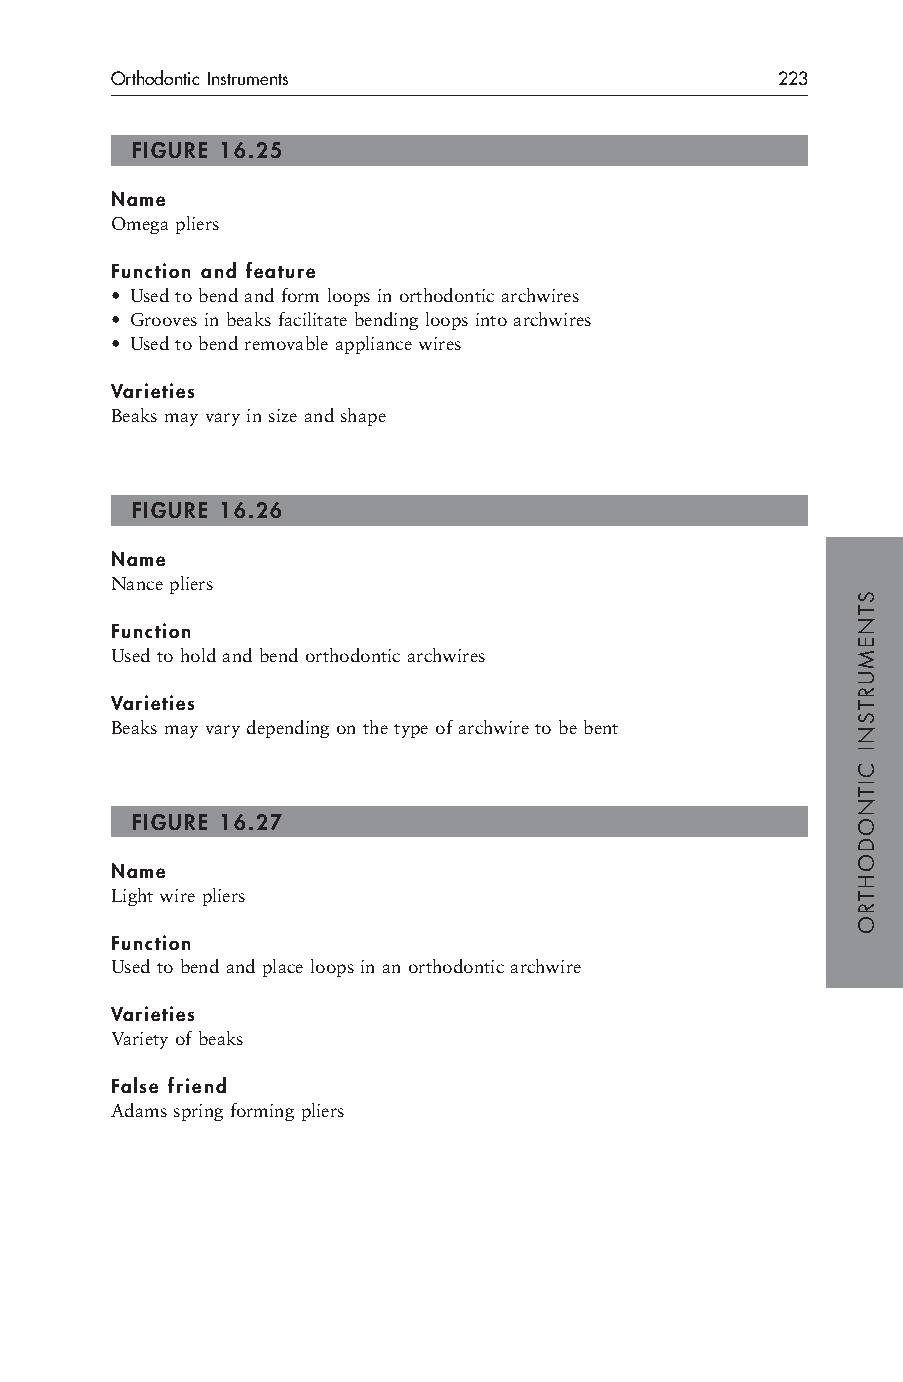
Orthodontic Instruments                     223
 FIGURE 16.25
 Name
 Omega pliers
 Function and feature
 • Used to bend and form loops in orthodontic archwires
 • Grooves in beaks facilitate bending loops into archwires
 • Used to bend removable appliance wires
 Varieties
 Beaks may vary in size and shape
 FIGURE 16.26
 Name
 Nance pliers
 Function
 Used to hold and bend orthodontic archwires
 Varieties
 Beaks may vary depending on the type of archwire to be bent
 FIGURE 16.27
 Name
 Light wire pliers
 Function
 Used to bend and place loops in an orthodontic archwire
 Varieties
 Variety of beaks
 False friend
 Adams spring forming pliers
 STNEMURTSNI
 CITNODOHTRO